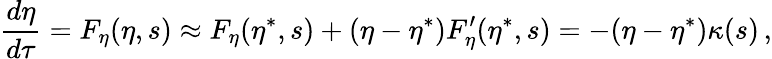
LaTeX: \frac{d\eta}{d\tau}=F_{\eta}(\eta,s)\approx F_{\eta}(\eta^{\ast},s)+(\eta-\eta^{\ast})F_{\eta}^{\prime}(\eta^{\ast},s)=-(\eta-\eta^{\ast})\kappa(s)\, ,